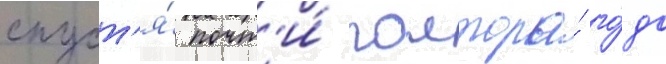
спуст'я́ почт'и́ полтора́ го́да